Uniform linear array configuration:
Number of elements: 12
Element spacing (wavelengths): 1
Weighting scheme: binomial
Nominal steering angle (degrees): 15
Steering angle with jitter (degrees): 16.009
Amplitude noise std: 0.05
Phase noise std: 0.05

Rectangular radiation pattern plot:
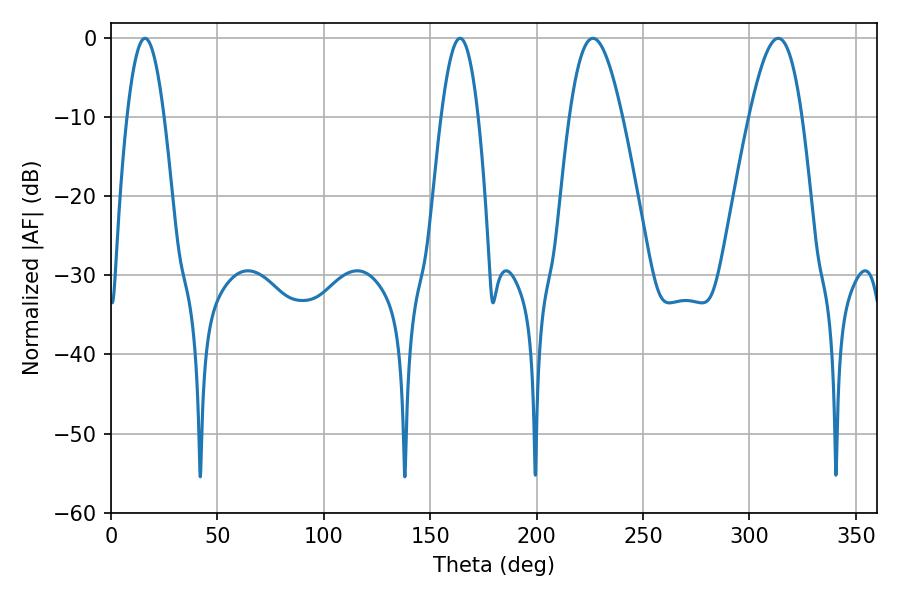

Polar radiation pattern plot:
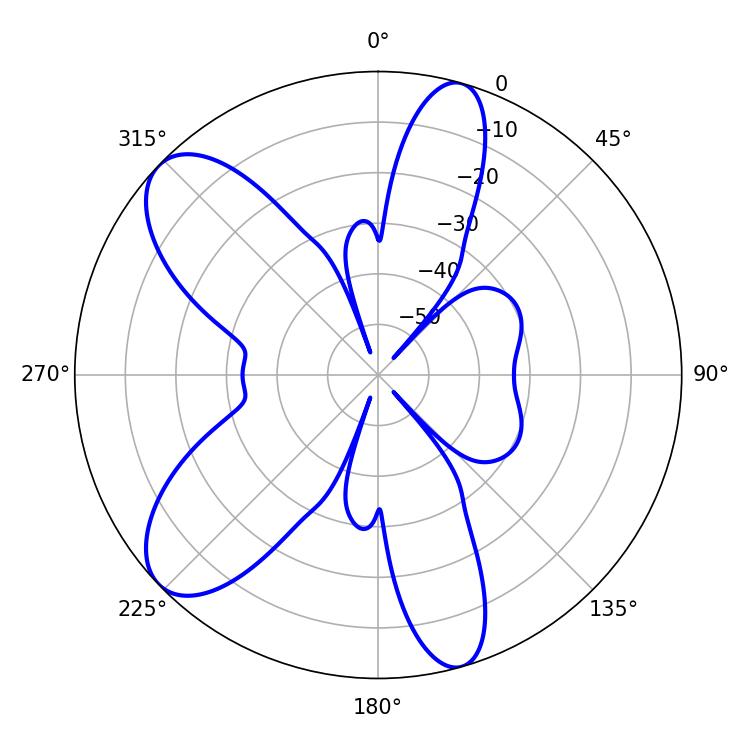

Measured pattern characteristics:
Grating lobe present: TRUE
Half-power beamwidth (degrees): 13.5
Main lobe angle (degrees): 226.44